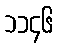
၁၁၄၆